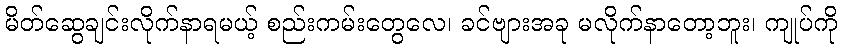
မိတ်ဆွေချင်းလိုက်နာရမယ့် စည်းကမ်းတွေလေ၊ ခင်ဗျားအခု မလိုက်နာတော့ဘူး၊ ကျုပ်ကို